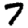
Digit: 7